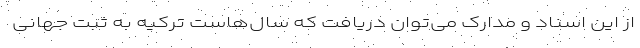
از این اسناد و مدارک می‌توان دریافت که سال‌هاست ترکیه به ثبت جهانی